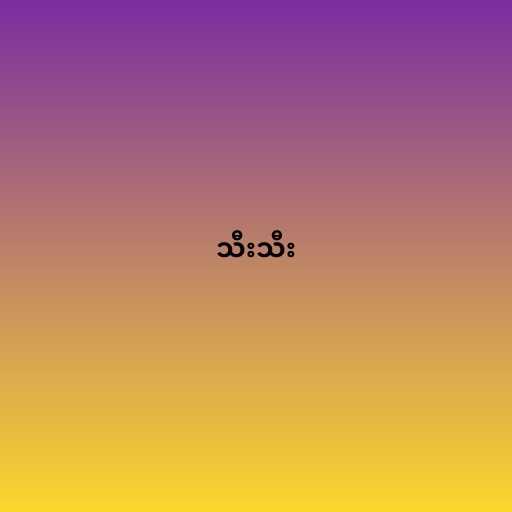
သီးသီး